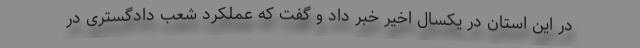
در این استان در یکسال اخیر خبر داد و گفت که عملکرد شعب دادگستری در